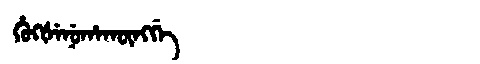
Manchu: ᡥᡠᡴᡧᡝᠨᡠᡥᠠᡴᡡᠩᡤᡝ
Romanization: HUKŠENUHAKŪNGGE